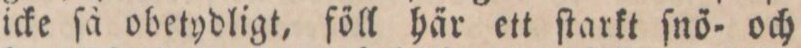
icke ſå obetydligt, föll här ett ſtarkt ſnö= och